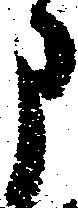
申